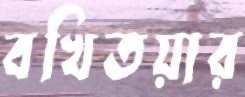
বখিতয়ার